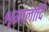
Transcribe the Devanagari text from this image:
शृगालादि